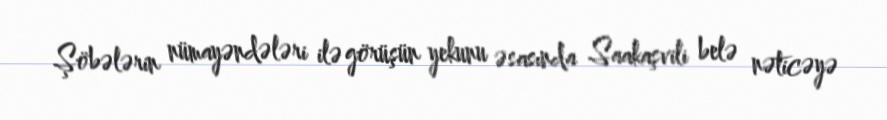
Şöbələrin nümayəndələri ilə görüşün yekunu əsasında Saakaşvili belə nəticəyə